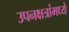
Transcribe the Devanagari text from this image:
उपनक्षत्रांमध्ये